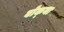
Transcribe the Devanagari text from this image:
बोक्‍या